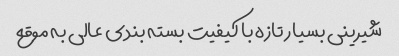
شیرینی بسیار تازه با کیفیت بسته بندی عالی به موقع